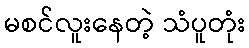
မစင်လူးနေတဲ့ သံပူတုံး